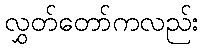
လွှတ်တော်ကလည်း